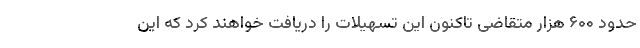
حدود ۶۰۰ هزار متقاضی تاکنون این تسهیلات را دریافت خواهند کرد که این